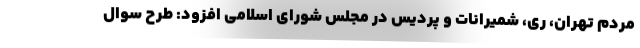
مردم تهران، ری، شمیرانات و پردیس در مجلس شورای اسلامی افزود: طرح سوال